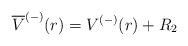
LaTeX: \begin{align*} \overline{V}^{(-)}(r) = V^{(-)}(r) + R_2 \end{align*}